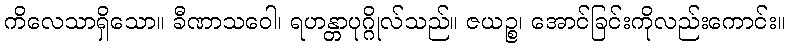
ကိလေသာရှိသော။ ခီဏာသဝေါ၊ ရဟန္တာပုဂ္ဂိုလ်သည်။ ဇယဉ္စ၊ အောင်ခြင်းကိုလည်းကောင်း။